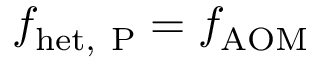
f _ { \mathrm { h e t , ~ P } } = f _ { \mathrm { A O M } }